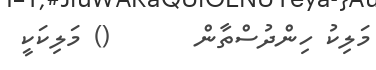
މަލިކު ހިންދުސްތާން       () މަލިކަކީ